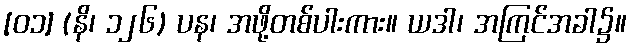
[၀၁] (နိ၊ ၁၂၆) ပန၊ အဖို့တစ်ပါးကား။ ယဒါ၊ အကြင်အခါ၌။